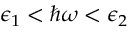
\epsilon _ { 1 } < \hbar \omega < \epsilon _ { 2 }